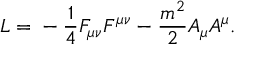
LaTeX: L = \mathrm { } - \frac { 1 } { 4 } F _ { \mu \nu } F ^ { \mu \nu } - \frac { m ^ { 2 } } { 2 } A _ { \mu } A ^ { \mu } .